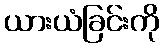
ယားယံခြင်းကို